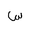
Letter: _sin